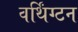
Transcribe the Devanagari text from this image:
वर्थिंग्टन